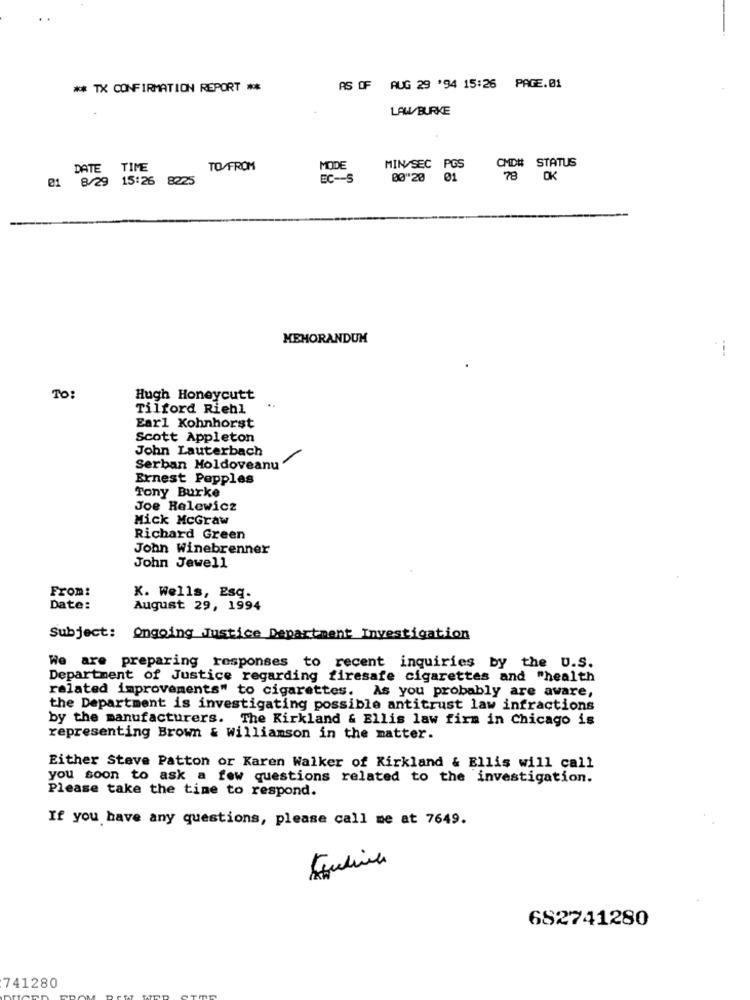
** TX CONFIRMATION REPORT **
AS OF AUG 29 '94 15:26 PAGE.01
LAW/ BURKE
CMD# STATUS
DATE TIME
TO/FROM
MODE
MIN/SEC PGS
01 8/29 15:26 8225
BC -- 5
00"20 01
78 DK
MEMORANDUM
TO:
Hugh Honeycutt
Tilford Riehl
Earl Kohnhorst
Scott Appleton
John Lauterbach
Serban Moldoveanu
Ernest Pepples
Tony Burke
Joe Relewicz
Mick McGraw
Richard Green
John Winebrenner
John Jewell
From:
K. Wells, Esq.
Date:
August 29, 1994
Subject: Ongoing Justice Department Investigation
We are preparing responses to recent inquiries by the U.S.
Department of Justice regarding firesafe cigarettes and "health
related improvements" to cigarettes. As you probably are aware,
the Department is investigating possible antitrust law infractions
by the manufacturers. The Kirkland & Ellis law firm in Chicago is
representing Brown & williamson in the matter.
Either Steve Patton or Karen Walker of Kirkland & Ellis will call
you soon to ask a few questions related to the investigation.
Please take the time to respond.
If you have any questions, please call me at 7649.
682741280
741280